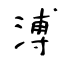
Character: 溥